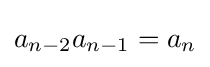
a_{n-2}a_{n-1}=a_{n}